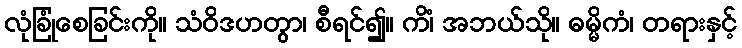
လုံခြုံစေခြင်းကို။ သံဝိဒဟတွာ၊ စီရင်၍။ ကိံ၊ အဘယ်သို။ ဓမ္မိကံ၊ တရားနှင့်